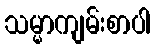
သမ္မာကျမ်းစာပါ